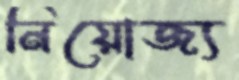
নিয়োজ্য